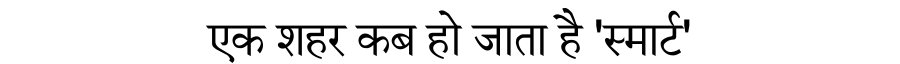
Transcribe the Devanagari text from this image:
एक शहर कब हो जाता है 'स्मार्ट'